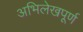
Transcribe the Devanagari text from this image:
अभिलेखपूर्ण